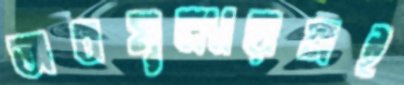
অবমূল্যায়নই